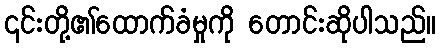
၎င်းတို့၏ထောက်ခံမှုကို တောင်းဆိုပါသည်။